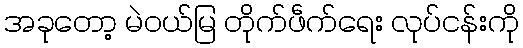
အခုတော့ မဲဝယ်မြ တိုက်ဖဵက်ရေး လုပ်ငန်းကို